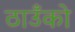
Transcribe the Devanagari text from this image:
ठाउँको